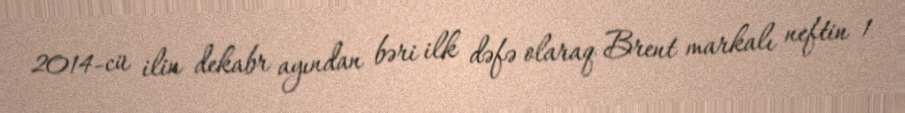
2014-cü ilin dekabr ayından bəri ilk dəfə olaraq Brent markalı neftin 1